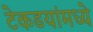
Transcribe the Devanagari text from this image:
टेकडयांमध्ये